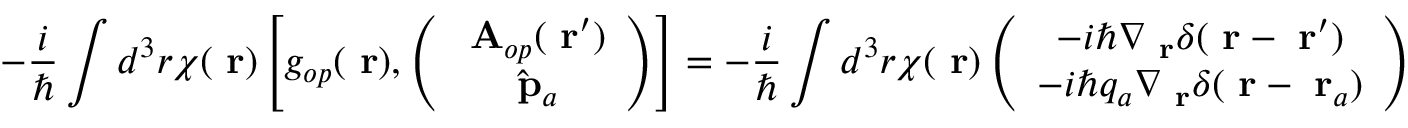
- \frac { i } { \hbar } \int d ^ { 3 } r \chi ( \mathrm { \bf ~ r } ) \left[ g _ { o p } ( \mathrm { \bf ~ r } ) , \left( \begin{array} { c } { \mathrm { \bf ~ A } _ { o p } ( \mathrm { \bf ~ r } ^ { \prime } ) } \\ { \hat { \mathrm { \bf ~ p } } _ { a } } \end{array} \right) \right] = - \frac { i } { \hbar } \int d ^ { 3 } r \chi ( \mathrm { \bf ~ r } ) \left( \begin{array} { c } { - i \hbar \nabla _ { \mathrm { \bf ~ r } } \delta ( \mathrm { \bf ~ r } - \mathrm { \bf ~ r } ^ { \prime } ) } \\ { - i \hbar q _ { a } \nabla _ { \mathrm { \bf ~ r } } \delta ( \mathrm { \bf ~ r } - \mathrm { \bf ~ r } _ { a } ) } \end{array} \right)